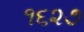
૧૬૨૭